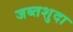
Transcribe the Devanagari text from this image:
जब्तशुदा